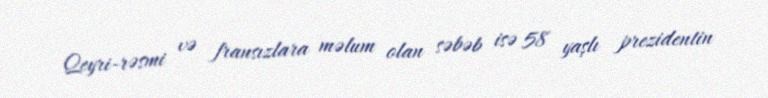
Qeyri-rəsmi və fransızlara məlum olan səbəb isə 58 yaşlı prezidentin